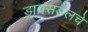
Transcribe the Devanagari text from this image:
ड्रायसडेलचे